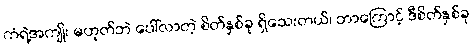
ကံရဲ့အကျိုး မဟုတ်ဘဲ ပေါ်လာတဲ့ စိတ်နှစ်ခု ရှိသေးတယ်၊ ဘာကြောင့် ဒီစိတ်နှစ်ခု